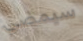
سيمضي